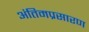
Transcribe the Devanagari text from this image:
अंतिमप्रसारण